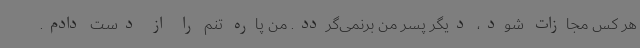
هر کس مجازات شود، دیگر پسر من برنمی‌گردد. من پاره‌ تنم را از دست دادم.